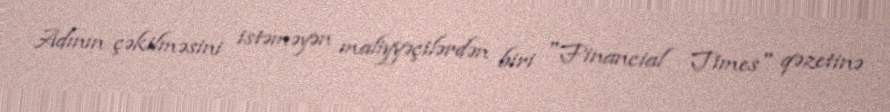
Adının çəkilməsini istəməyən maliyyəçilərdən biri "Financial Times" qəzetinə